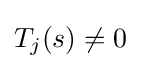
{\textstyle T_{j}(s)\neq 0}